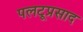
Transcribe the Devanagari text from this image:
पलटूप्रसाद